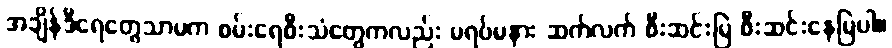
အချိန်ဒီရေတွေသာမက စမ်းရေစီးသံတွေကလည်း မရပ်မနား ဆက်လက် စီးဆင်းမြဲ စီးဆင်းနေမြဲပါ။